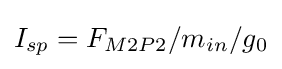
I_{sp}=F_{M2P2}/m_{in}/g_{0}